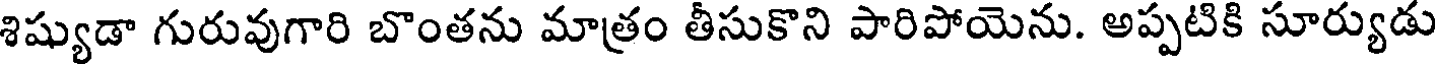
శిష్యుడా గురువుగారి బొంతను మాత్రం తీసుకొని పారిపోయెను. అప్పటికి సూర్యుడు